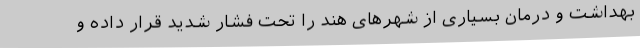
بهداشت و درمان بسیاری از شهرهای هند را تحت فشار شدید قرار داده و